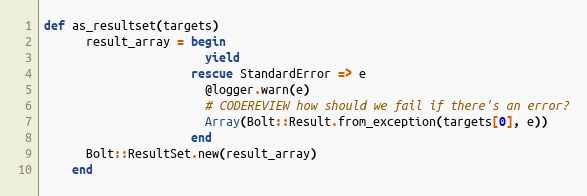
Language: Ruby
def as_resultset(targets)
      result_array = begin
                       yield
                     rescue StandardError => e
                       @logger.warn(e)
                       # CODEREVIEW how should we fail if there's an error?
                       Array(Bolt::Result.from_exception(targets[0], e))
                     end
      Bolt::ResultSet.new(result_array)
    end